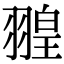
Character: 𦑠